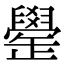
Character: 𦦯